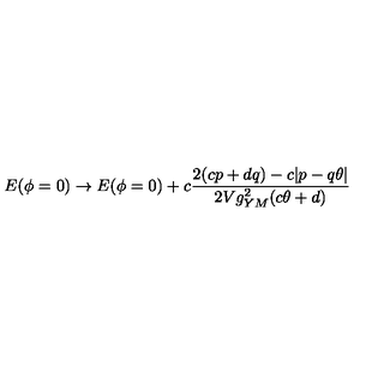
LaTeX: E ( \phi = 0 ) \to E ( \phi = 0 ) + c \frac { 2 ( c p + d q ) - c | p - q \theta | } { 2 V g _ { Y M } ^ { 2 } ( c \theta + d ) }